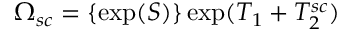
\Omega _ { s c } = \{ \exp ( S ) \} \exp ( T _ { 1 } + T _ { 2 } ^ { s c } )